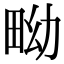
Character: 𤱎